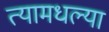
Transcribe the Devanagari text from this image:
त्यामधल्या